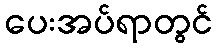
ပေးအပ်ရာတွင်